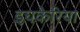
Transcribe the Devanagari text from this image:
इचकेरिया